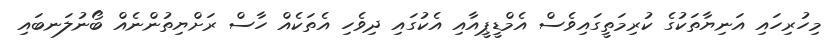
މިހުރިހައި އަނިޔާތަކުގެ ކުރިމަތީގައިވެސް އެމްޑީޕީއާއި އެކުގައި ދިވެހި އެތަކެއް ހާސް ރަށްޔިތުންނެއް ބޯނުލަނބައި